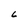
Character: L